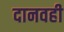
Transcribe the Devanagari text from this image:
दानवही